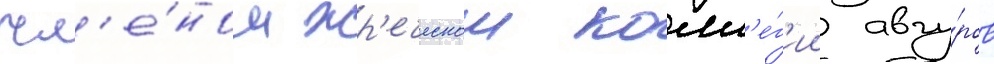
чл'е́ном жр'еческои колл'е́г'ии авгу́ров